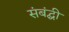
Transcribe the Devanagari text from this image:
संबंद्घी